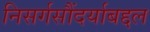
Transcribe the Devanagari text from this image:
निसर्गसौंदर्याबद्दल